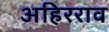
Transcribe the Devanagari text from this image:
अहिरराव